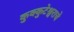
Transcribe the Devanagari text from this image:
कुक्कुटेश्वराचे